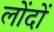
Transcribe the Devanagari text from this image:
लोंदों